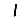
Digit: 1